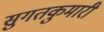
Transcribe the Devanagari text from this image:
सुगतकुमारी